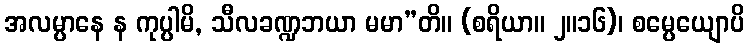
အလမ္ပာနေ န ကုပ္ပါမိ, သီလခဏ္ဍဘယာ မမာ”တိ။ (စရိယာ။ ၂။၁၆)၊ စမ္ပေယျောပိ